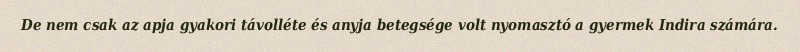
De nem csak az apja gyakori távolléte és anyja betegsége volt nyomasztó a gyermek Indira számára.